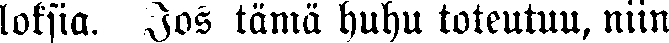
loksia. Jos tämä huhu toteutuu, niin